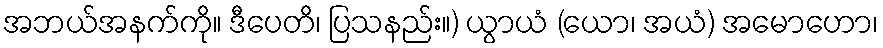
အဘယ်အနက်ကို။ ဒီပေတိ၊ ပြသနည်း။) ယွာယံ (ယော၊ အယံ) အမောဟော၊